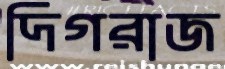
দিগরাজ